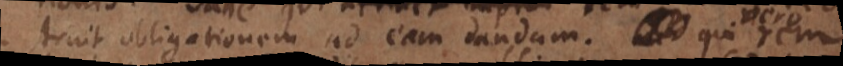
struit obligationem ad eam dandum. Qui vero rem